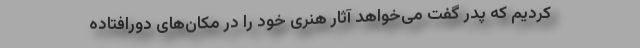
‌کردیم که پدر گفت می‌خواهد آثار هنری خود را در مکان‌های دورافتاده